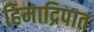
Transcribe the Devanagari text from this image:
हिमाद्रिपात